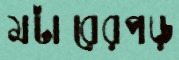
মটারেরপড়